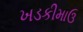
ખડકીમાઉ